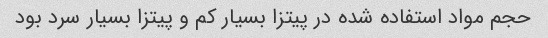
حجم مواد استفاده شده در پیتزا بسیار کم و پیتزا بسیار سرد بود